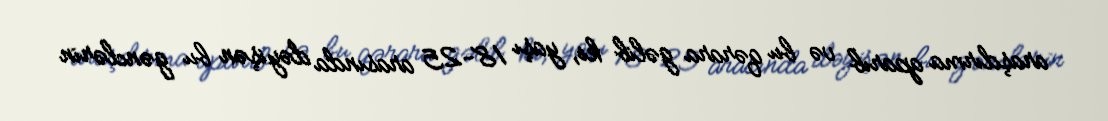
araşdırma aparıb və bu qərara gəlib ki, yaşı 18-25 arasında dəyişən bu gənclərin